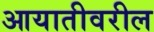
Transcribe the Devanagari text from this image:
आयातीवरील